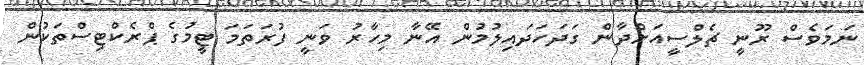
ނަމަވެސް ރޫނީ ޗެލްސީއަށްދާން ގަދަހަދައިލުމުން އޭނާ މިހާރު ވަނީ ފުރަތަމަ ޓީމުގެ ޕްރެކްޓިސްތަކުން